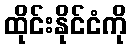
ထိုင်းနိုင်ငံကို